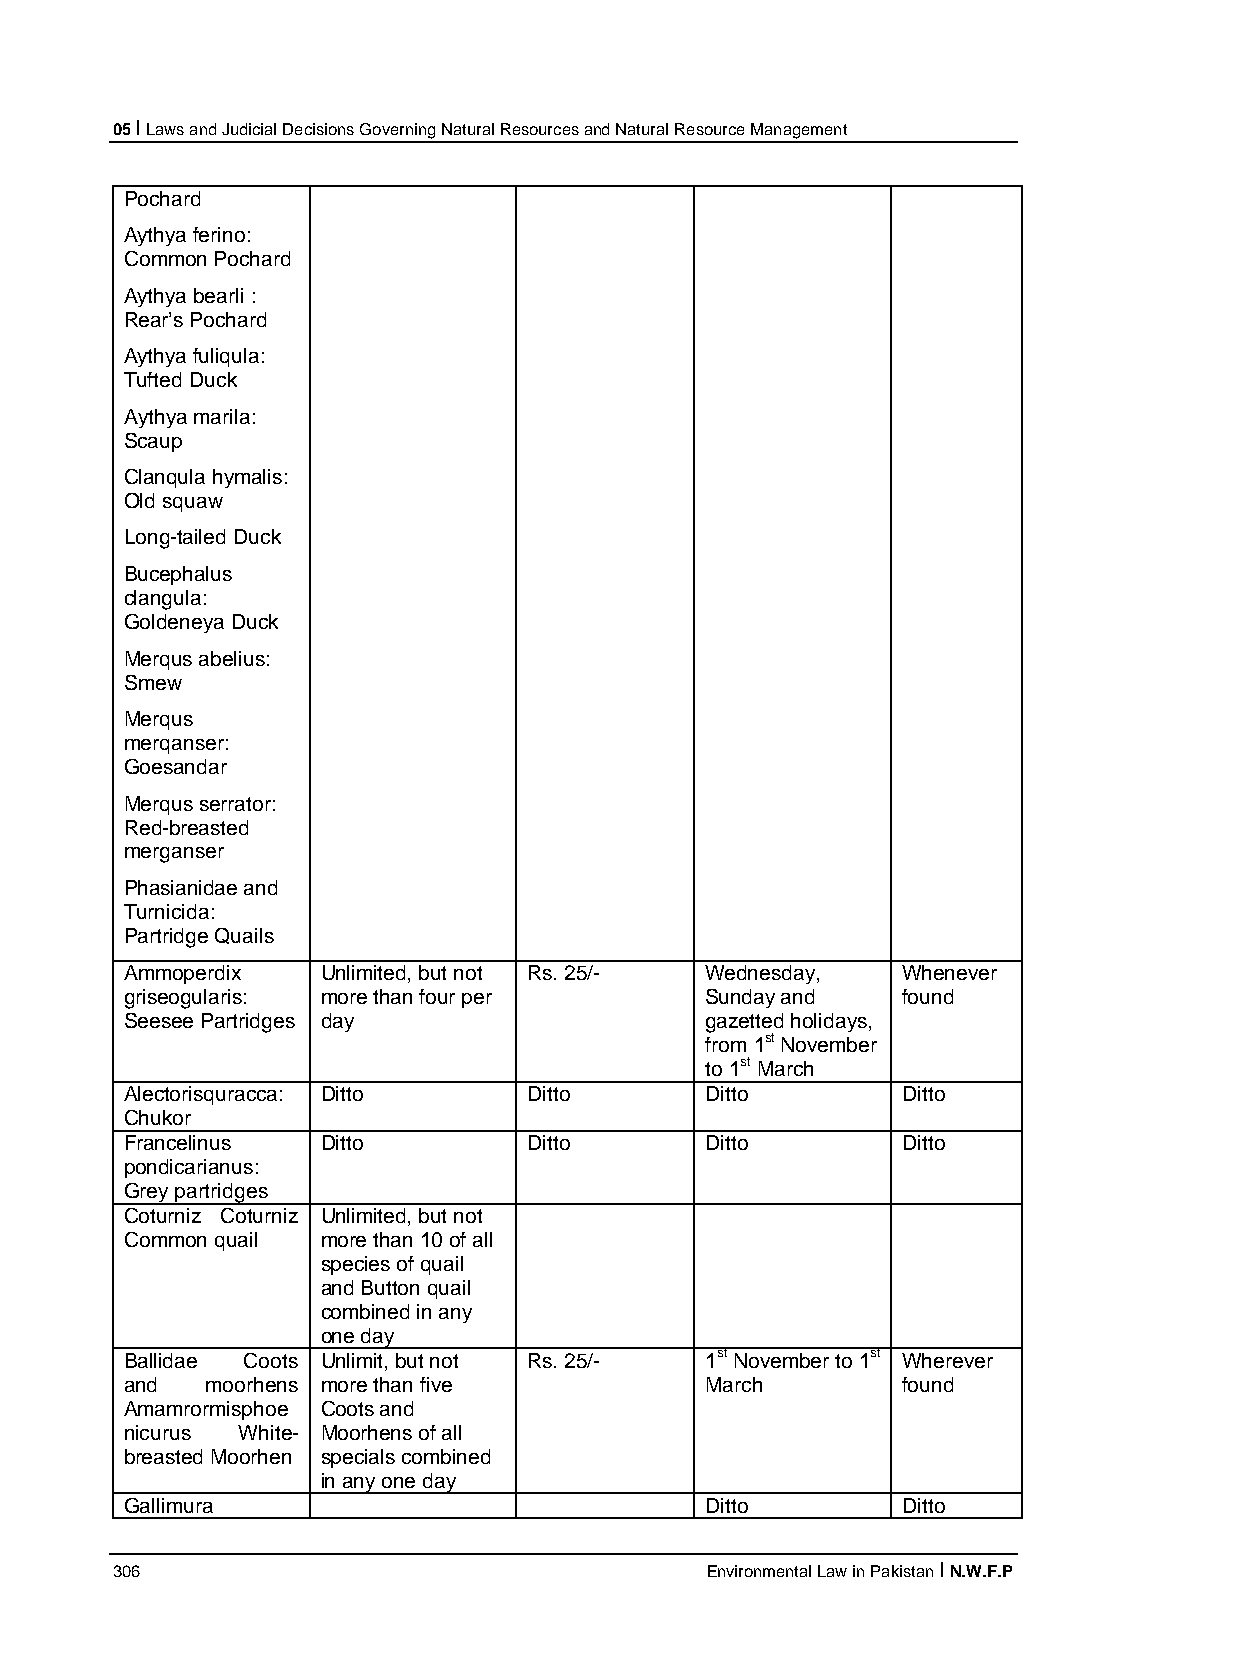
05 I Laws and Judicial Decisions Governing Natural Resources and Natural Resource Management
 Pochard
 Aythya ferino:
 Common Pochard
 Aythya bearli :
 Rear’s Pochard
 Aythya fuliqula:
 Tufted Duck
 Aythya marila:
 Scaup
 Clanqula hymalis:
 Old squaw
 Long-tailed Duck
 Bucephalus
 clangula:
 Goldeneya Duck
 Merqus abelius:
 Smew
 Merqus
 merqanser:
 Goesandar
 Merqus serrator:
 Red-breasted
 merganser
 Phasianidae and
 Turnicida:
 Partridge Quails
 Ammoperdix   Unlimited, but not Rs. 25/- Wednesday, Whenever
 griseogularis: more than four per      Sunday and   found
 Seesee Partridges day                  gazetted holidays,
 from 1st November
 to 1st March
 Alectorisquracca: Ditto    Ditto       Ditto        Ditto
 Chukor
 Francelinus  Ditto         Ditto       Ditto        Ditto
 pondicarianus:
 Grey partridges
 Coturniz Coturniz Unlimited, but not
 Common quail more than 10 of all
 species of quail
 and Button quail
 combined in any
 one day
 Ballidae Coots Unlimit, but not Rs. 25/- 1st November to 1st Wherever
 and   moorhens more than five          March        found
 Amamrormisphoe Coots and
 nicurus White- Moorhens of all
 breasted Moorhen specials combined
 in any one day
 Gallimura                              Ditto        Ditto
 306                                     Environmental Law in Pakistan I N.W.F.P